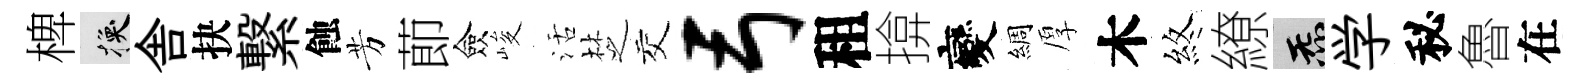
椑换舎抉繋蝕芳莭僉峻活椘交弓租揜變綢厚木煞繚炁学秘魯在